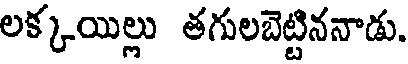
లక్కయిల్లు తగులబెట్టిననాడు.